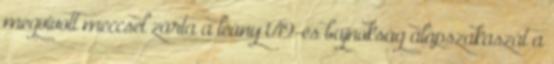
megvívott meccsel zárta a leány U19-es bajnokság alapszakaszát a